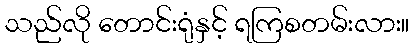
သည်လို တောင်းရုံနှင့် ရကြစတမ်းလား။